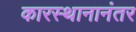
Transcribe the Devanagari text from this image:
कारस्थानानंतर